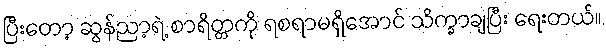
ပြီးတော့ ဆွန်ညာ့ရဲ့ စာရိတ္တကို ရစရာမရှိအောင် သိက္ခာချပြီး ရေးတယ်။